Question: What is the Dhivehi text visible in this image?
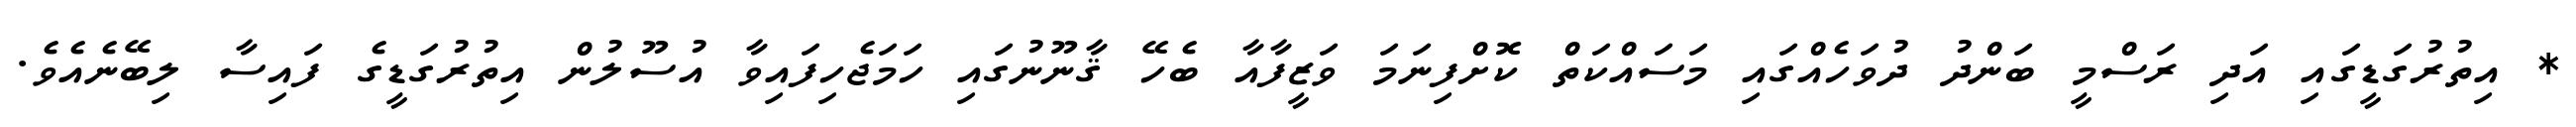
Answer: * އިތުރުގަޑީގައި އަދި ރަސްމީ ބަންދު ދުވަހެއްގައި މަސައްކަތް ކޮށްފިނަމަ ވަޒީފާއާ ބެހޭ ޤާނޫނުގައި ހަމަޖެހިފައިވާ އުސޫލުން އިތުރުގަޑީގެ ފައިސާ ލިބޭނެއެވެ.